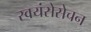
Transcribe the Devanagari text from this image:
स्वयंसेसेचन